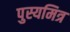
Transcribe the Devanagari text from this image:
पुस्यमित्र